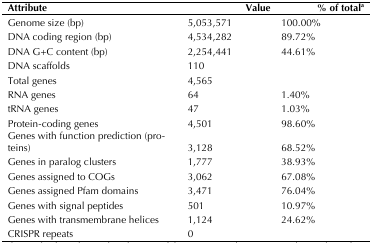
| Attribute | Value | % of Totala |
 | --- | --- | --- |
 | Genome size (bp) | 5,053,571 | 100.00% |
 | DNA coding region (bp) | 4,534,282 | 89.72% |
 | DNA G+C content (bp) | 2,254,441 | 44.61% |
 | DNA scaffolds | 110 |  |
 | Total genes | 4,565 |  |
 | RNA genes | 64 | 1.40% |
 | tRNA genes | 47 | 1.03% |
 | Protein-coding genes | 4,501 | 98.60% |
 | Genes with function prediction (proteins) | 3,128 | 68.52% |
 | Genes in paralog clusters | 1,777 | 38.93% |
 | Genes assigned to COGs | 3,062 | 67.08% |
 | Genes assigned Pfam domains | 3,471 | 76.04% |
 | Genes with signal peptides | 501 | 10.97% |
 | Genes with transmembrane helices | 1,124 | 24.62% |
 | CRISPR repeats | 0 |  |